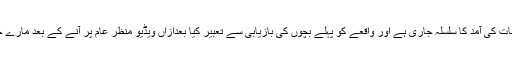
واقعے کے بعد سی ٹی ڈی کی جانب سے متضاد بیانات کی آمد کا سلسلہ جاری ہے اور واقعے کو پہلے بچوں کی بازیابی سے تعبیر کیا بعدازاں ویڈیو منظر عام پر آنے کے بعد مارے جانے والوں میں سے ایک کو دہشت گرد قرار دیا گیا۔